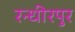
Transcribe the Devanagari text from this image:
रन्धीरपुर